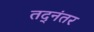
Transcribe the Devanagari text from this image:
तद्‌नंतर